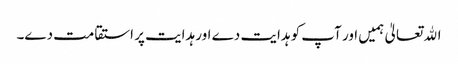
اﷲ تعالیٰ ہمیں اور آپ کو ہدایت دے اور ہدایت پر استقامت دے۔